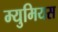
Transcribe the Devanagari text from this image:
म्युमियस